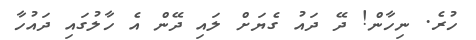
ހުރެ. ނިހާން! ދޭ ދައު ގެޔަށް ލައި ދޭން އެ ހާލުގައި ދައުހާ